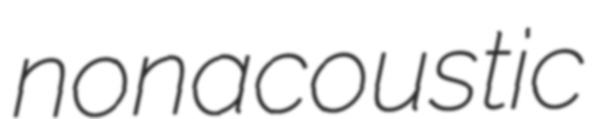
nonacoustic